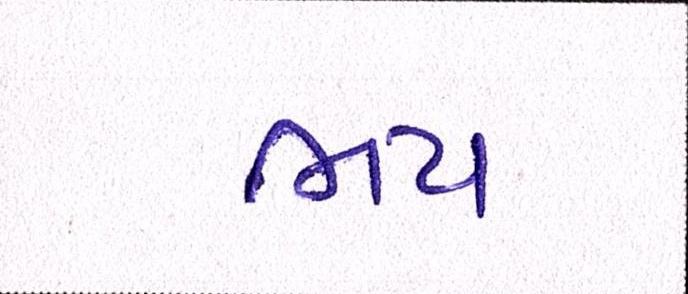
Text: ભય